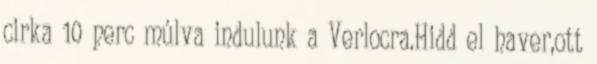
cirka 10 perc múlva indulunk a Verlocra.Hidd el haver,ott